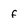
Character: f